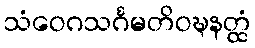
သံဝေဂသင်္ဂမတိဝဍ္ဎနတ္ထံ